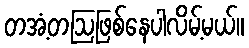
တအံ့တဩဖြစ်နေပါလိမ့်မယ်။